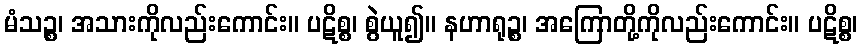
မံသဉ္စ၊ အသားကိုလည်းကောင်း။ ပဋိစ္စ၊ စွဲယူ၍။ နဟာရုဉ္စ၊ အကြောတို့ကိုလည်းကောင်း။ ပဋိစ္စ၊